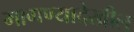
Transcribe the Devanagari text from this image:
मागण्यादेखील